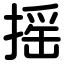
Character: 摇